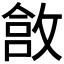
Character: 𫿄